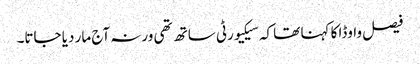
فیصل واوڈا کا کہنا تھا کہ سیکیورٹی ساتھ تھی ورنہ آج مار دیا جاتا۔